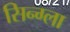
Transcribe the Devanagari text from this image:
सिन्ग्ला